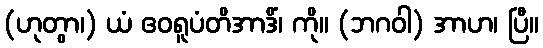
(ဟုတွာ၊) ယံ ဧဝရူပံတိအာဒိံ၊ ကို။ (ဘဂဝါ) အာဟ၊ ပြီ။